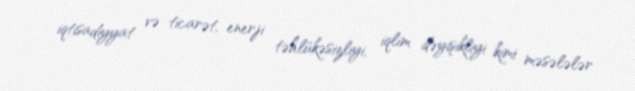
iqtisadiyyat və ticarət, enerji təhlükəsizliyi, iqlim dəyişikliyi kimi məsələlər